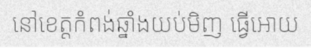
នៅខេត្តកំពង់ឆ្នាំងយប់មិញ ធ្វើអោយ